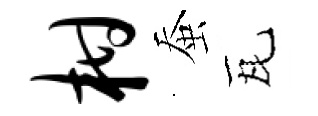
柑蚕瓦